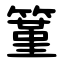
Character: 䈽